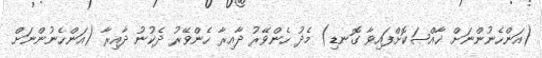
(އަންހެނުންނަށް ޚާއްޞަކޮށްފައިވާ ގޮނޑި) މެދު ހެންވޭރު ދާއިރާ ހެންވޭރު ދެކުނު ދާއިރާ (އަންހެނުންނަށް